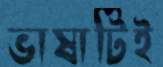
ভাষাটিই